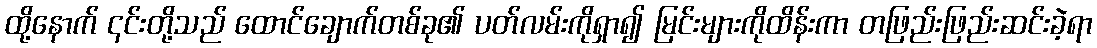
ထို့နောက် ၎င်းတို့သည် ထောင်ချောက်တစ်ခု၏ ပတ်လမ်းကိုရှာ၍ မြင်းများကိုထိန်းကာ တဖြည်းဖြည်းဆင်းခဲ့ရာ